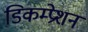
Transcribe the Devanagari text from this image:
डिकम्प्रेशन